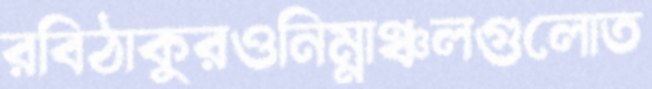
রবিঠাকুরওনিম্নাঞ্চলগুলোত